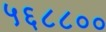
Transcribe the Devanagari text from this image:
५६८८००